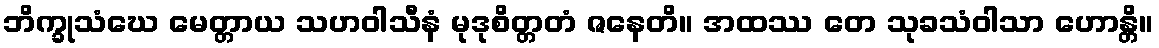
ဘိက္ခုသံဃေ မေတ္တာယ သဟဝါသီနံ မုဒုစိတ္တတံ ဇနေတိ။ အထဿ တေ သုခသံဝါသာ ဟောန္တိ။